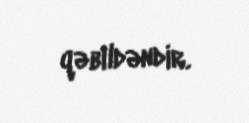
qəbildəndir.